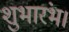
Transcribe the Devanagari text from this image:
शुभारंभ।